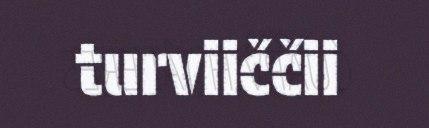
turviiččii